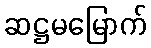
ဆဋ္ဌမမြောက်